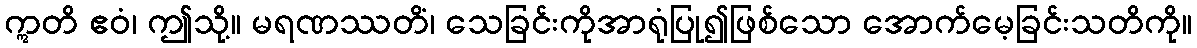
ဣတိ ဧဝံ၊ ဤသို့။ မရဏဿတိံ၊ သေခြင်းကိုအာရုံပြု၍ဖြစ်သော အောက်မေ့ခြင်းသတိကို။